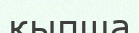
қыпша